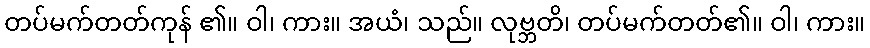
တပ်မက်တတ်ကုန် ၏။ ဝါ၊ ကား။ အယံ၊ သည်။ လုဗ္ဘတိ၊ တပ်မက်တတ်၏။ ဝါ၊ ကား။